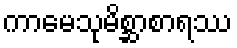
ကာမေသုမိစ္ဆာစာရဿ